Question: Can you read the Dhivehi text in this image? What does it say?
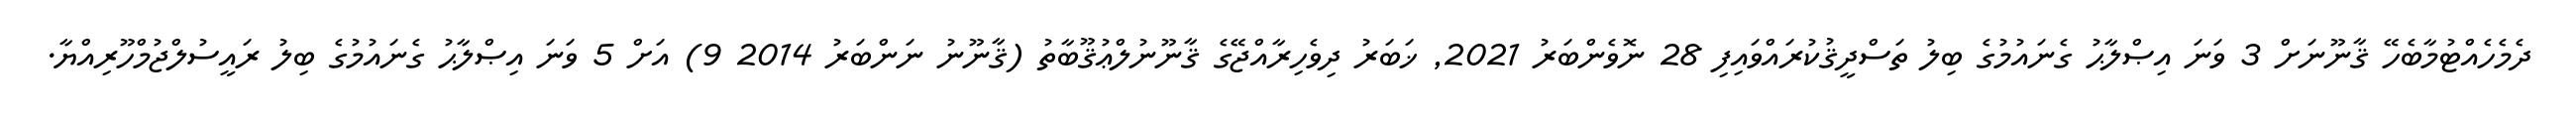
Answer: ދެމެހެއްޓުމާބެހޭ ޤާނޫނަށް 3 ވަނަ އިޞްލާޙު ގެނައުމުގެ ބިލު ތަސްދީޤުކުރައްވައިފި 28 ނޮވެންބަރު 2021, ޚަބަރު ދިވެހިރާއްޖޭގެ ޤާނޫނުލްޢުޤޫބާތު (ޤާނޫނު ނަންބަރު 2014 9) އަށް 5 ވަނަ އިޞްލާޙު ގެނައުމުގެ ބިލު ރައީސުލްޖުމްހޫރިއްޔާ.